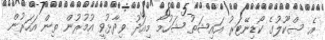
އެ ސްކޫލުގެ ކޯޑިނޭޓަރު އައިޝަތު ޝަހުމާ މިއަދު ވިދާޅުވީ އުމުރުން ތިން އަހަރުން